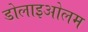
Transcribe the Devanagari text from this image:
डोलाइओलम